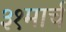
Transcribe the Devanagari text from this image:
३१मार्च